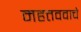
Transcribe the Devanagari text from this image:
महत्तववाचे